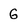
Character: G